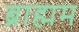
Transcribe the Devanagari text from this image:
ब्राह्मम